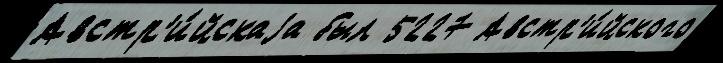
Австр'и́йскаjа был 5227 Австр'и́йского